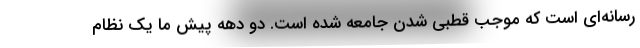
رسانه‌اي است كه موجب قطبي شدن جامعه شده است. دو دهه پيش ما يك نظام